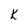
Character: K